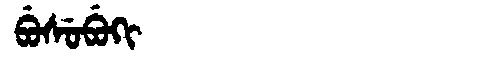
Manchu: ᠪᡠᠰᡠᠪᡠᡴᡳ
Romanization: BUSUBUKI